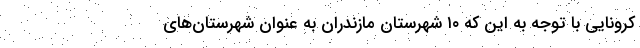
کرونایی با توجه به این که ۱۰ شهرستان مازندران به عنوان شهرستان‌های